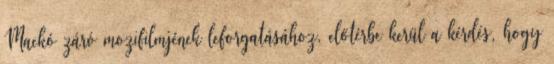
Mackó záró mozifilmjének leforgatásához, előtérbe kerül a kérdés, hogy